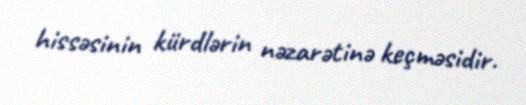
hissəsinin kürdlərin nəzarətinə keçməsidir.